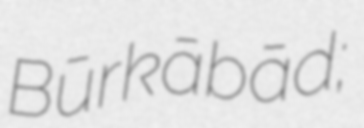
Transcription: Būrkābād;